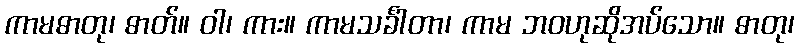
ကာမဓာတု၊ ဓာတ်။ ဝါ၊ ကား။ ကာမသင်္ခါတာ၊ ကာမ ဘဝဟုဆိုအပ်သော။ ဓာတု၊